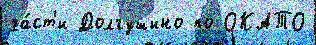
ча́ст'и Долгушино по ОКАТО